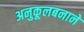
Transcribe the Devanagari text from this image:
अनुकूलबनाने